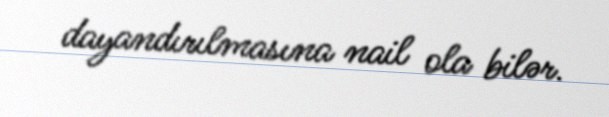
dayandırılmasına nail ola bilər.